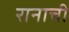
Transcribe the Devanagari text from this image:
रानाची